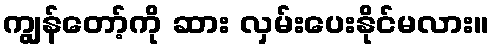
ကျွန်တော့်ကို ဆား လှမ်းပေးနိုင်မလား။